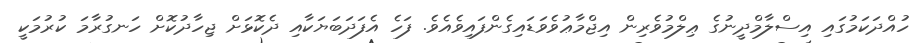
ހުއްދަކަމުގައި އިސްލާމްދީނުގެ ޢިލްމުވެރިން އިޖްމާޢުވެވަޑައިގެންފައިވެއެވެ. ފަހެ އެފަދަބަޔަކާއި ދެކޮޅަށް ޖިހާދުކޮށް ހަނގުރާމަ ކުރުމަކީ